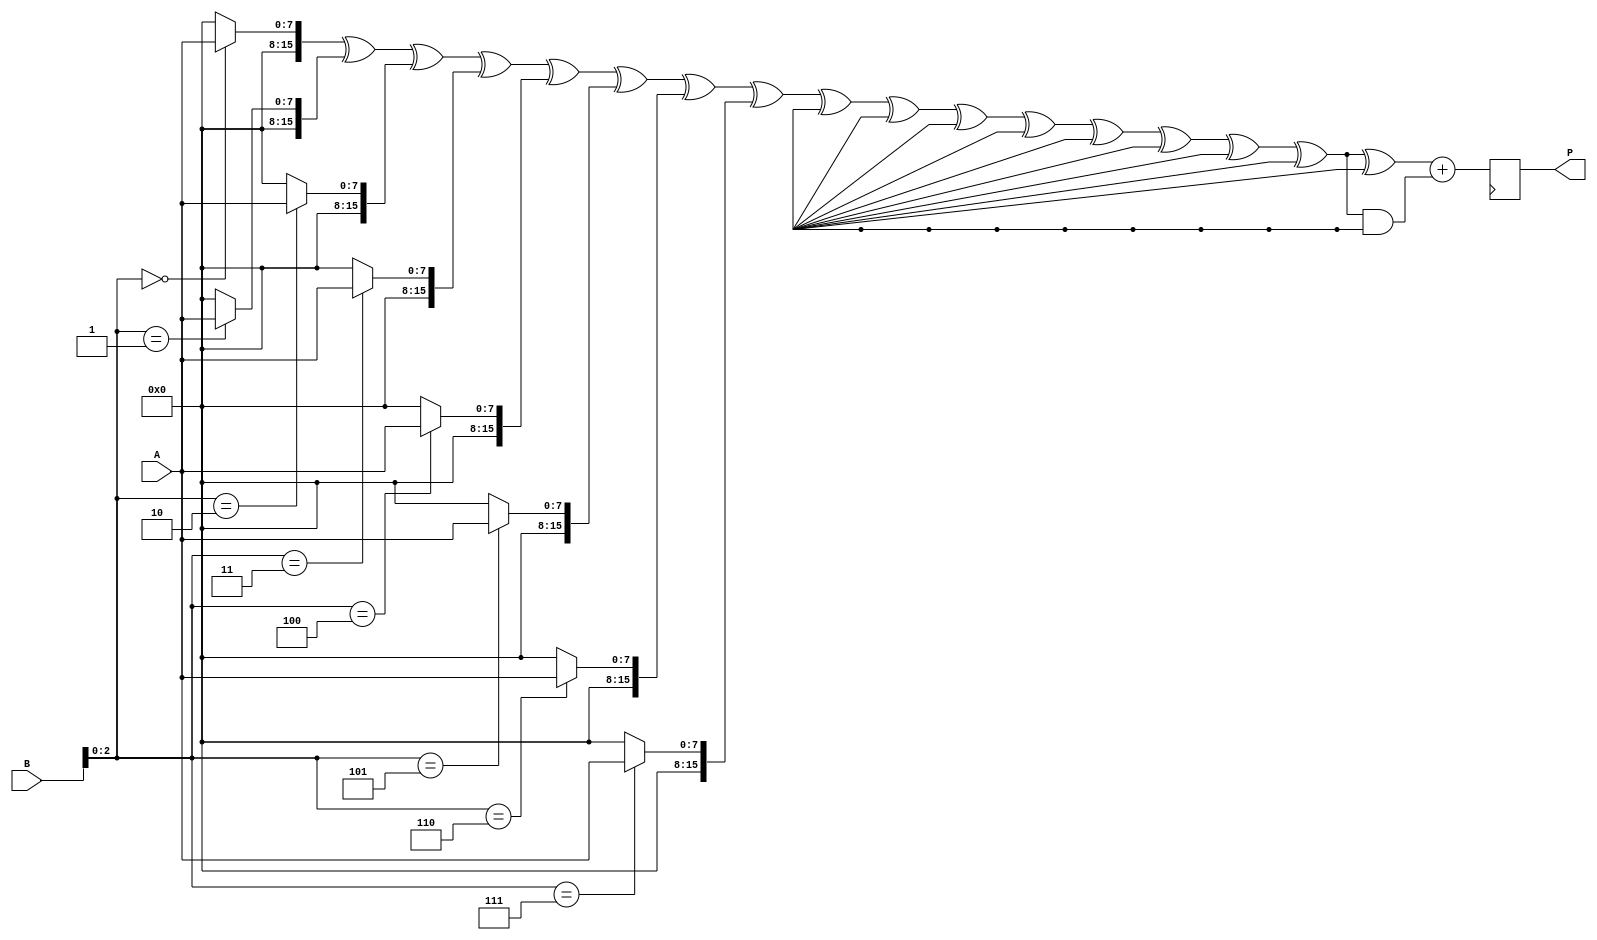
module higher_radix_wallace_multiplier #(
    parameter RADIX = 8,          // Change to 16 for Radix-16
    parameter WIDTH_A = 8,        // Bit-width of operand A
    parameter WIDTH_B = 8         // Bit-width of operand B
)(
    input [WIDTH_A-1:0] A,
    input [WIDTH_B-1:0] B,
    output reg [WIDTH_A + WIDTH_B - 1:0] P
);

    localparam GROUP_SIZE = (RADIX == 8) ? 3 : 4; // Number of bits per group
    localparam NUM_PARTIAL_PRODUCTS = (RADIX == 8) ? 8 : 16;

    // Partial Product Generation
    wire [WIDTH_A + WIDTH_B - 1:0] partial_products[NUM_PARTIAL_PRODUCTS-1:0];

    genvar i, j;
    generate
        for (i = 0; i < WIDTH_B / GROUP_SIZE; i = i + 1) begin : pp_gen
            for (j = 0; j < NUM_PARTIAL_PRODUCTS; j = j + 1) begin : pp
                assign partial_products[i * NUM_PARTIAL_PRODUCTS + j] = 
                    (B[i * GROUP_SIZE +: GROUP_SIZE] == j) ? (A << (i * GROUP_SIZE)) : 0;
            end
        end
    endgenerate

    // Reduction Tree Structure using Wallace Tree
    wire [WIDTH_A + WIDTH_B - 1:0] sum[WIDTH_A + WIDTH_B:0]; // Array for sums
    wire [WIDTH_A + WIDTH_B:0] carry[WIDTH_A + WIDTH_B:0]; // Array for carries

    // Initial partial products to the first stage
    wire [WIDTH_A + WIDTH_B - 1:0] pp_sum;
    assign pp_sum = partial_products[0];
    assign sum[0] = pp_sum;
    
    // Reduction logic
    integer k;
    always @* begin
        for (k = 0; k < WIDTH_A + WIDTH_B; k = k + 1) begin
            sum[k + 1] = 0;
            carry[k + 1] = 0;

            // Perform addition using Carry Save Adder (CSA) logic
            if (k < NUM_PARTIAL_PRODUCTS) begin
                // Initialize the sum and carry
                sum[k + 1] = partial_products[k];
            end

            // CSA operation
            carry[k + 1] = sum[k] & partial_products[k + 1];
            sum[k + 1] = sum[k] ^ partial_products[k + 1];
        end
    end

    // Final addition stage
    always @(posedge clk) begin
        P <= sum[WIDTH_A + WIDTH_B] + carry[WIDTH_A + WIDTH_B];
    end

endmodule